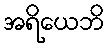
အရိယေဘိ